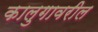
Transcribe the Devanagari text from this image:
कालुगावरील